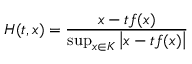
H ( t , x ) = { \frac { x - t f ( x ) } { \operatorname* { s u p } _ { x \in K } \left| x - t f ( x ) \right| } }